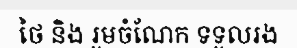
ថៃ និង រួមចំណែក ទទួលរង